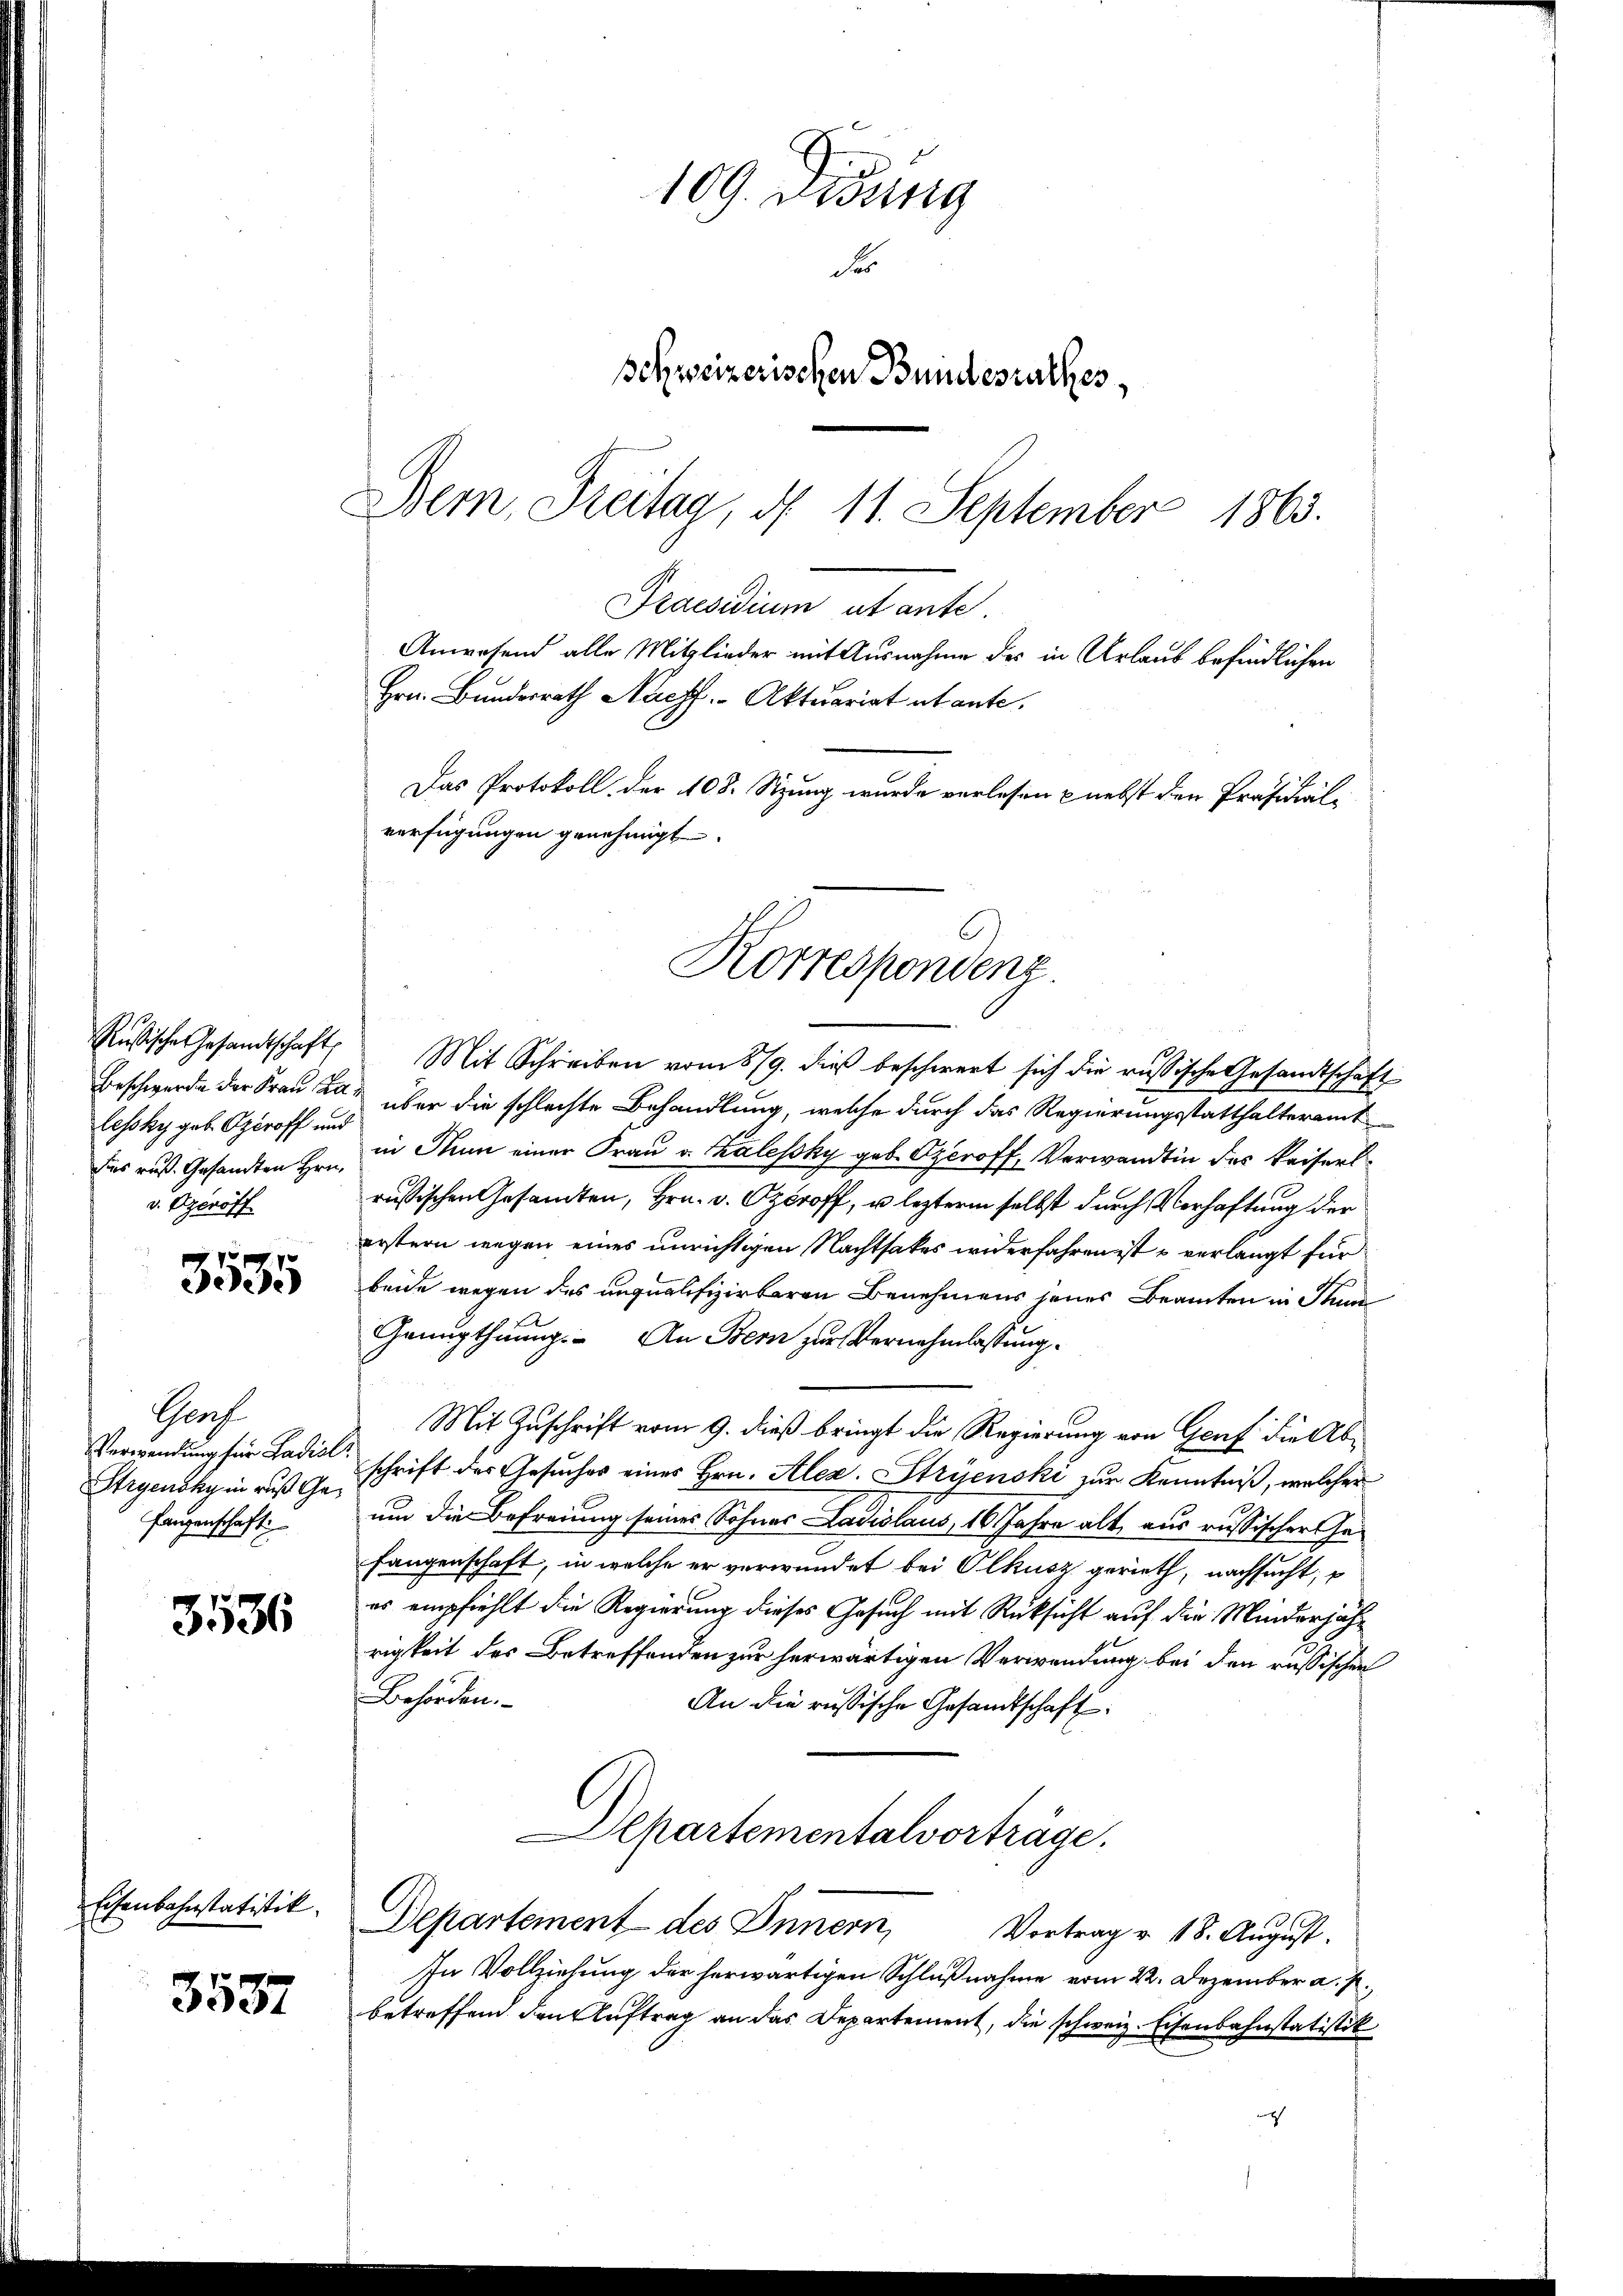
Rußischen Gesandtschaft
lessky geb. Operoff und
dies ruß. Gesandten Hrn.
v. Aeroff

3585

3536

Eisenbahnstatitik.

3587

Praesidium utante.
Anwesend alle Mitglieder mit Ausnahme des in Urlaub befindlichen
Hrn. Bundesrath Nachf, Aktuariat et ante.
Das Protokoll, der 108. Sitzung wurde verlesen nebst den Präsidial-
verfügungen genehmigt.

Grof
Verwendung für Ladisl
Stryensky in ruß Gefangenschaft

109. Disung
d
Schweizerischen Bundesrathes,
Bern, Freitag, d. 11. September
1863.

Korrespondenz.

Mit Schreiben vom 879. dieß beschwert sich die russische Gesandtschaft
Beschwerde der Frau da über die schlechte Behandlung, welche durch das Regierungsstatthalteramt
in Nun einer Frau v. Kálessky geb. Czeroff, Verwandtin des Kaiserl
russischen Gesandten, Hrn. v. Operoff, u. lezterm selbst durch Verhaftung der
erstern wegen eines unrichtigen Nachtsakes widerfahren ist u verlangt für
beide wegen des inqualifizirbaren Benehmens jenes Beamten in Stun
Genugthuungs- An Bern zur Vernehmlassung.
Mit Zuschrift vom 9. dieß bringt die Regierung von Graf die Abschrift des Gesuches eines Hrn. Alex. Stryenski zur Kenntniß, welcher
um die Befreiung seines Sohnes Ladislaus, 16 Jahre alt, aus russischer Gefangenschaft, in welche er verwundet bei Olkusz gerieth, nachsucht;
es empfiehlt die Regierung dieses Gesuch mit Rüksicht auf die Minderjährigkeit des Betreffenden zur herwärtigen Verwendung bei den russischen
Behörden.
An die russische Gesandtschaft
Departementalvorträge.
Departement des Innern, Vortrag v. 18. August.
In Vollziehung der herwärtigen Schlußnahme vom 22. Dezember a. p.,
betreffend den Auftrag an das Departement, die schweiz. Eisenbahnstatistik
e